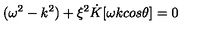
( { \omega } ^ { 2 } - k ^ { 2 } ) + { \xi } ^ { 2 } \dot { K } [ { \omega } k c o s { \theta } ] = 0